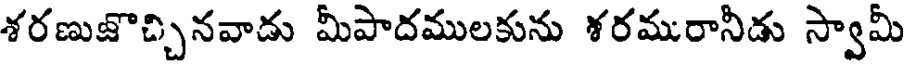
శరణుజొచ్చినవాడు మీపాదములకును శరమురానీడు స్వామీ